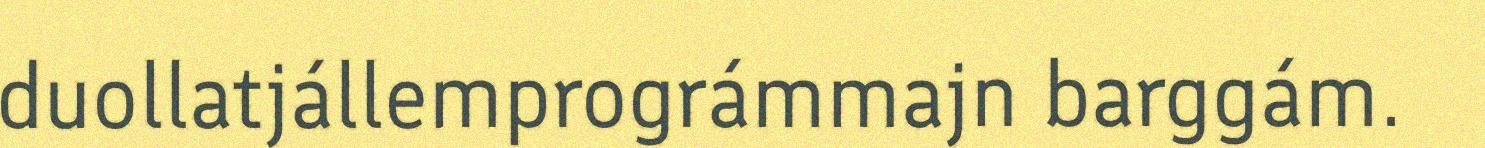
duollatjállemprográmmajn barggám.